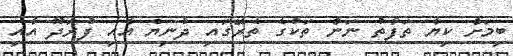
ބިމަށް ކިޔާ ތަފާތު ނަން ތަކުގެ ތެރޭގައި ދުނިޔެ އާއި ފުރަދޫ އާއި